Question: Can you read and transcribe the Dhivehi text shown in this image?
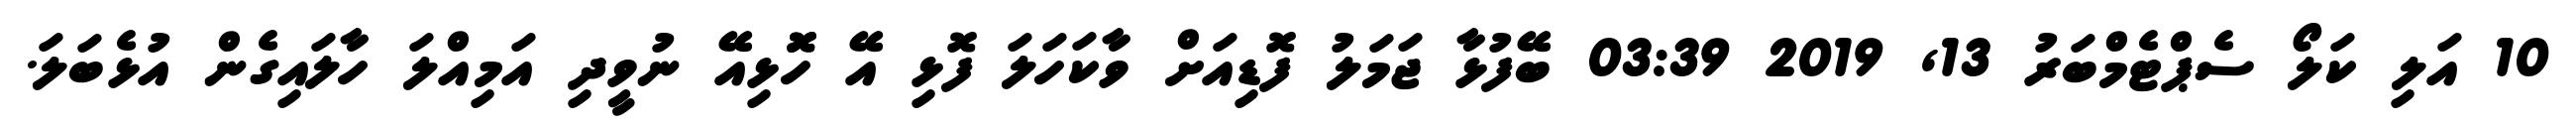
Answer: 10 އަލި ކަލޯ ސެޕްޓެމްބަރު 13, 2019 03:39 ބޭފުޅާ ޖަމަލު ފޮޑިއަށް ވާކަހަލަ ފޮޅި އޭ ހޮޮޅިއޭ ނުވީދި އަމިއްލަ ހާލައިގެން އުޅެބަލަ.